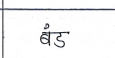
मजकूर: बंड